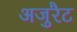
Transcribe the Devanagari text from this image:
अजुरैट